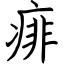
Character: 痱